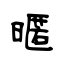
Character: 暱